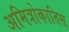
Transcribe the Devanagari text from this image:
अमित्रोकातिस